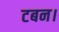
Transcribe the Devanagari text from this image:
टबन।